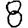
Digit: 8